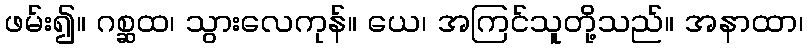
ဖမ်း၍။ ဂစ္ဆထ၊ သွားလေကုန်။ ယေ၊ အကြင်သူတို့သည်။ အနာထာ၊